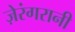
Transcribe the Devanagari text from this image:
ज़ेरंगरानी